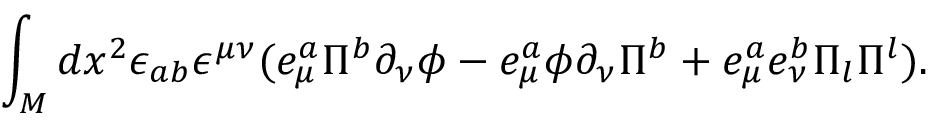
\int _ { \cal M } d x ^ { 2 } \epsilon _ { a b } \epsilon ^ { \mu \nu } ( e _ { \mu } ^ { a } \Pi ^ { b } \partial _ { \nu } \phi - e _ { \mu } ^ { a } \phi \partial _ { \nu } \Pi ^ { b } + e _ { \mu } ^ { a } e _ { \nu } ^ { b } \Pi _ { l } \Pi ^ { l } ) .